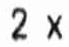
2 X